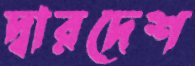
দ্বারদেশ